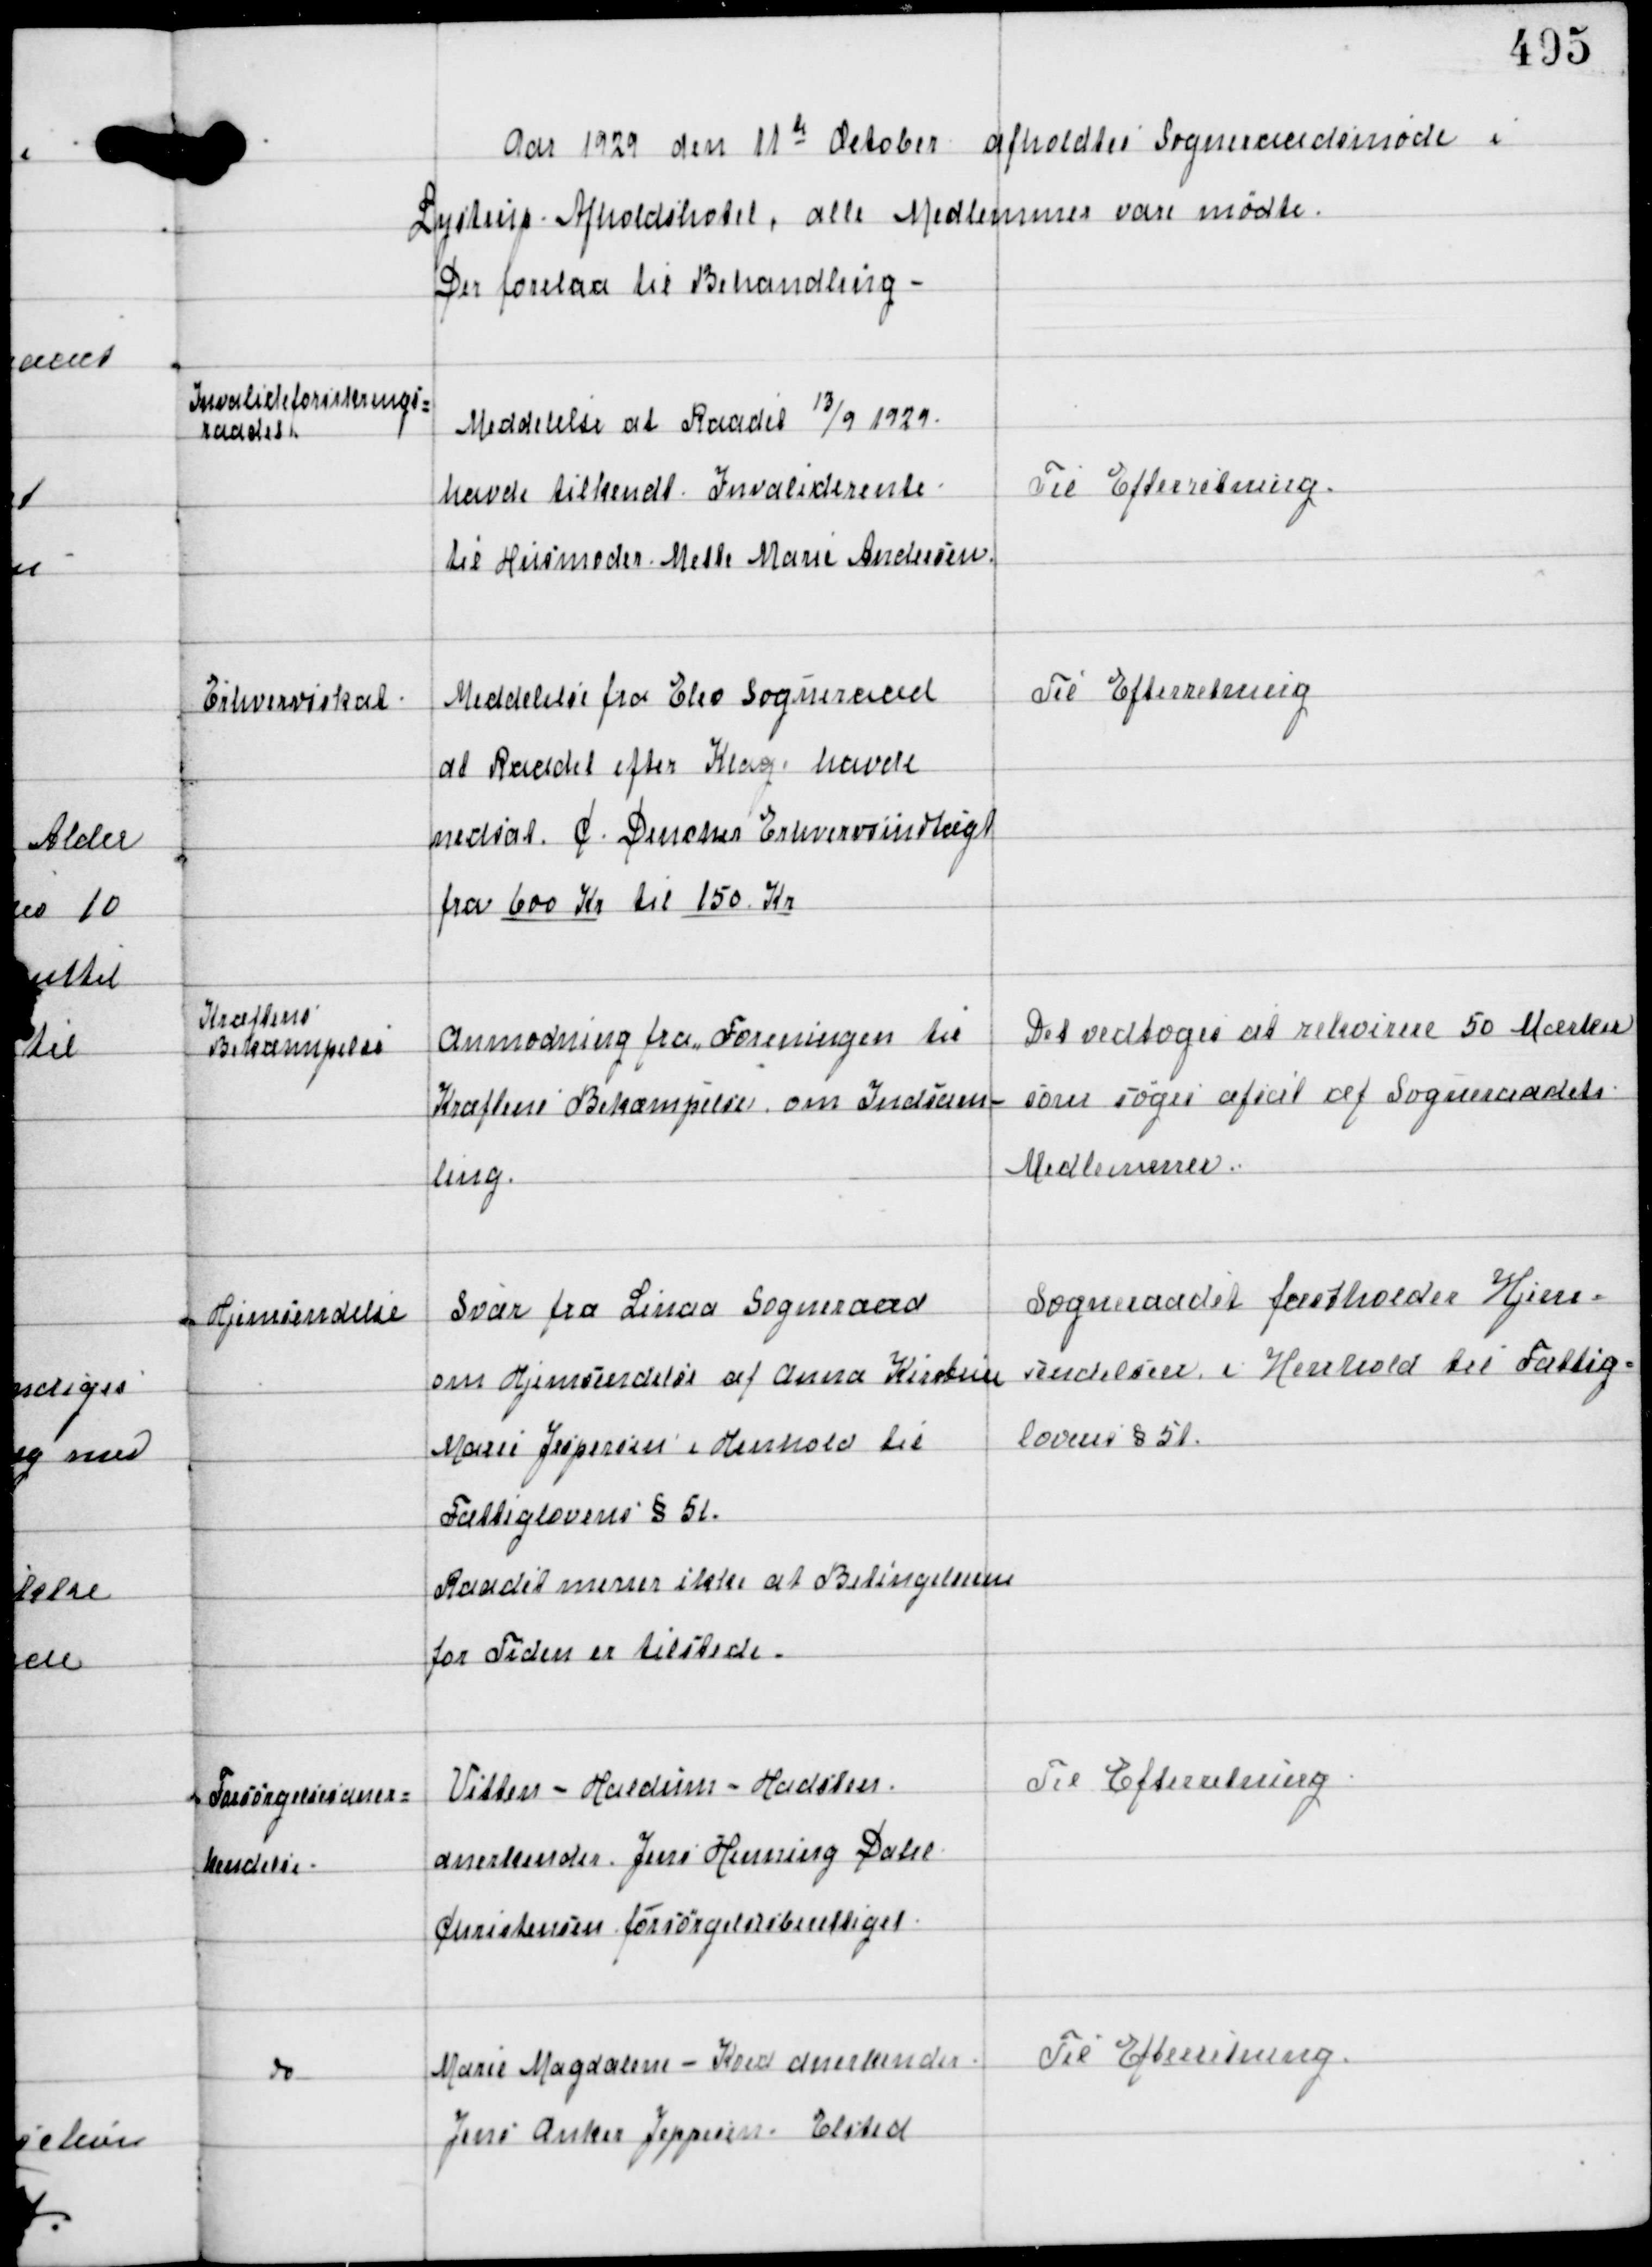
Transskription:
Aar 1929 den 11te October afholdtes Sogneraadsmøde i
Lystrup Afholdshotel, alle Medlemmer vare mødte
Der forelaa til Behandling -

Invalideforsikrings-
raadet

Meddelelse at Raadet 13/9 1929
havde tilkendt Invaliderente
til Husmoder Mette Marie Andersen

Til Efterretning.

Erhvervsskat

Meddelse fra Elev Sogneraad
at Raadet efter Klage havde
nedsat C. Denckers Erhvervsindtægt
fra 600 Kr til 150 Kr

Til Efterretning

Kræftens
Bekæmpelse

Anmodning fra Foreningen til
Kræftens Bekæmpelse om Indsam-
ling.

Det vedtoges at rekvirere 50 Mærker
som søges afsat af Sogneraadets
Medlemmer.

Hjemsendelse

Svar fra Linaa Sogneraad
om Hjemsendelse af Anna Kirstine
Marie Jespersen i Henhold til
Fattiglovens § 51.
Raadet mener ikke at Betingelserne
for Tiden er tilstede.

Sogneraadet fastholder Hjem-
sendelse i Henhold til Fattig-
lovens § 51.

Forsørgelsesaner-
kendelse.

Vitten - Haldum - Hadsten
anerkender Jens Henning Dahl
Christensen forsørgelsesberettiget

Til Efterretning

do

Marie Magdalene - Koed anerkendes
Jens Anker Jeppesen - Elsted

Til Efterretning